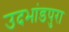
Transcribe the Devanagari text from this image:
उदभांडपुरा